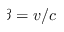
\beta = v / c